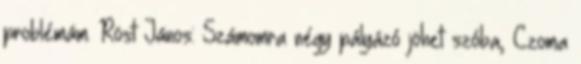
problémám. Röst János: Számomra négy pályázó jöhet szóba, Czoma